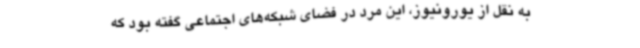
به نقل از یورونیوز، این مرد در فضای شبکه‌های اجتماعی گفته بود که